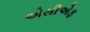
એસીએફ